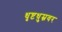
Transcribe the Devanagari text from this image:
धृष्टधुम्नवर